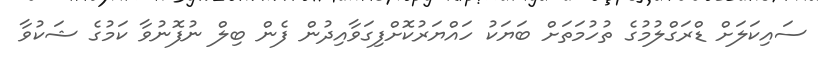
ސައިކަލަށް ޑްރަގްލުމުގެ ތުހުމަތަށް ބަޔަކު ހައްޔަރުކޮށްފިގަވާއިދުން ފެން ބިލް ނުފޮނުވާ ކަމުގެ ޝަކުވާ